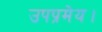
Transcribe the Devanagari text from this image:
उपप्रमेय।